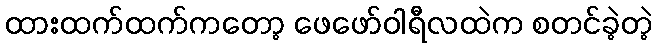
ထားထက်ထက်ကတော့ ဖေဖော်ဝါရီလထဲက စတင်ခဲ့တဲ့